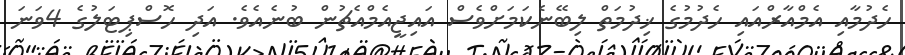
ހެދުމާއި އެމްއާރްއައި ހެދުމުގެ ޚިދުމަތް ލިބޭނެކަމަށްވެސް އައިޖީއެމްއެޗުން ބުނެއެވެ. އަދި ހޮސްޕިޓަލުގެ 4ވަނަ